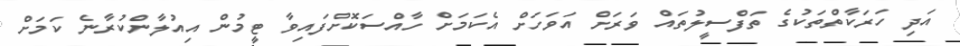
އަދި ހަރަކާތްތަކުގެ ތަފްސީލުތައް ވަރަށް އަވަހަށް އެކަމަށް ހާއްސަކޮށްފައިވާ ޓީމުން އިއުލާންކުރާނެ ކަމަށް